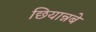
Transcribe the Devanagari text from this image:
छियान्नबे